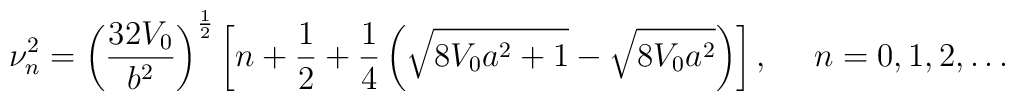
\nu^{2}_{n}=\left(\frac{32V_0}{b^2}\right)^{\frac{1}{2}}\left[n+\frac{1}{2}+ \frac{1}{4}\left(\sqrt{8V_{0}a^{2}+1}-\sqrt{8V_{0}a^{2}}\right)\right], ~~~~ n=0,1,2,\dots